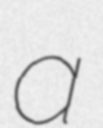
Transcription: a